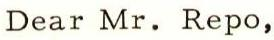
Dear Mr. Repo,